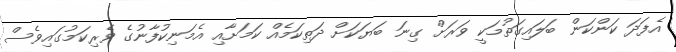
އެފަދަ ކަންކަން ބަލައިގަތުމަކީ ވަރަށް ގިނަ ބަޔަކަށް ދަތިކަމެއް ކަމަށާއި އެމަނިކުފާނުގެ ވެރިކަމުގައިވެސް